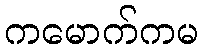
ကမောက်ကမ